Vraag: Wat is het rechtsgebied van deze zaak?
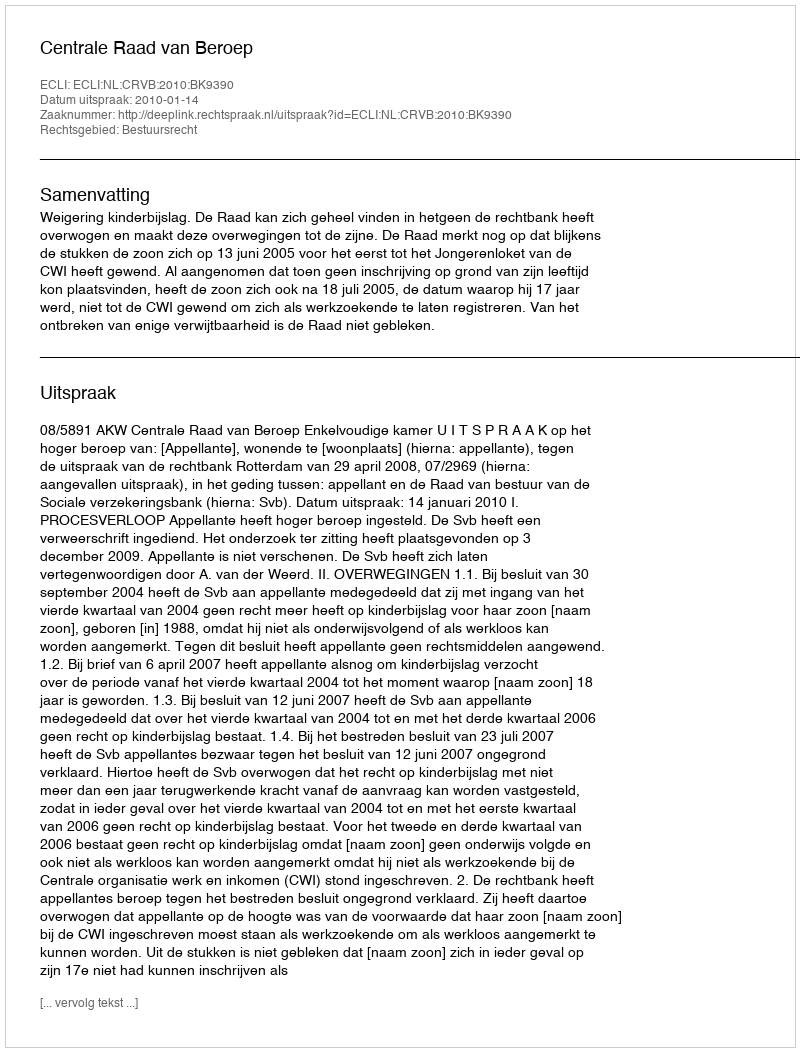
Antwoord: Bestuursrecht